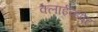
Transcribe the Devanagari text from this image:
क्लाईव्हपेट